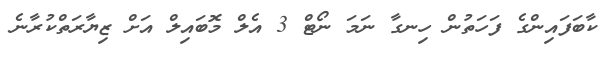
ކާބަފައިންގެ ފަހަތުން ހިނގާ ނަމަ ނޯޓް 3 އެލް މޮބައިލް އަށް ޒިޔާރަތްކުރާނެ